Annual report of the Punjab Veterinary College and of the Civil Veterinary Department, Punjab - 1920-1925
Year: 1920
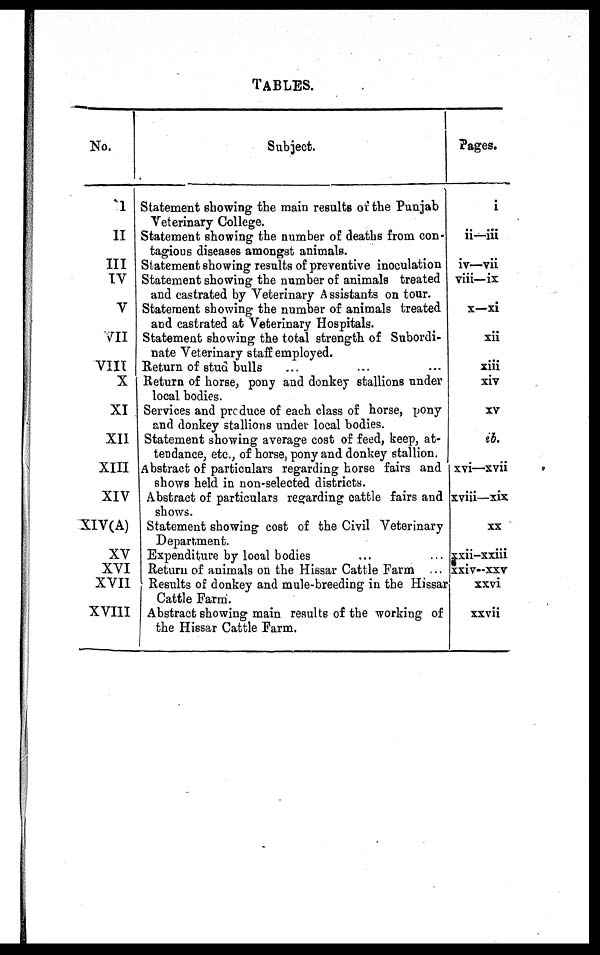
TABLES.
No.
I
II
III
IV
V
VII
VIII
X
XI
XII
XIII
XIV
XIV(A)
XV
XVI
XVII
XVIII
Subject.
Statement showing the main results of the Punjab
Veterinary College.
Statement showing the number of deaths from con-
tagious diseases amongst animals.
Statement showing results of preventive inoculation
Statement showing the number of animals treated
and castrated by Veterinary Assistants on tour.
Statement showing the number of animals treated
and castrated at Veterinary Hospitals.
Statement showing the total strength of Subordi-
nate Veterinary staff employed.
Return of stud bulls ... ... ...
Return of horse, pony and donkey stallions under
local bodies.
Services and produce of each class of horse, pony
and donkey stallions under local bodies.
Statement showing average cost of feed, keep, at-
tendance, etc., of horse, pony and donkey stallion.
Abstract of particulars regarding horse fairs and
shows held in non-selected districts.
Abstract of particulars regarding cattle fairs and
shows.
Statement showing cost of the Civil Veterinary
Department.
Expenditure by local bodies ... ...
Return of animals on the Hissar Cattle Farm ...
Results of donkey and mule-breeding in the Hissar
Cattle Farm.
Abstract showing main results of the working of
the Hissar Cattle Farm.
Pages.
i
ii—iii
iv—vii
viii—ix
x—xi
xii
xiii
xiv
XV
ib.
xvi—xvii
xviii—xix
XX
xxii-xxiii
xxiv—xxv
xxvi
xxvii